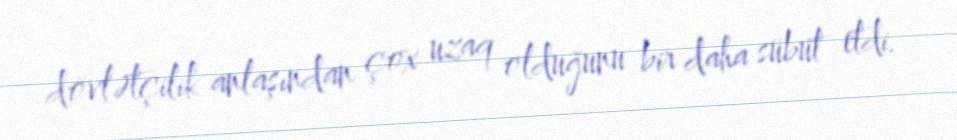
dövlətçilik anlaşından çox uzaq olduğunu bir daha sübut etdi.